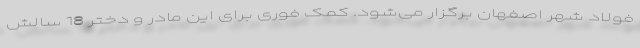
فولاد شهر اصفهان برگزار می‌شود. کمک فوری برای این مادر و دختر 18 سالش